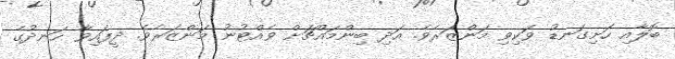
ބޮލާއި ހަށިގަނޑު ވަކިވި މަންޒަރެވެ. އަދި ބިންމައްޗަށް ވެއްޓުނު މަންޒަރެވެ. ދީފައިވާ ހަނދުގެ